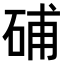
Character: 𥒰